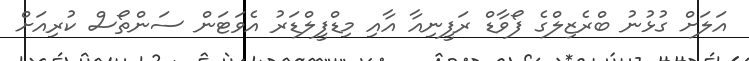
އަލަށް ގުޅުނު ބްރެޒިލްގެ ފޯވާޑް ރަފީނިއާ އާއި މިޑްފީލްޑަރު އެވަޓަން ސަންތޯސް ކުރިއަށް